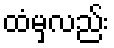
ထံမှလည်း